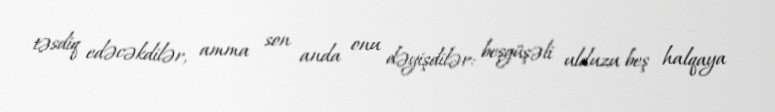
təsdiq edəcəkdilər, amma son anda onu dəyişdilər: beşgüşəli ulduzu beş halqaya